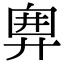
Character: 𢍘